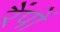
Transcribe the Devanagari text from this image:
रैंपों